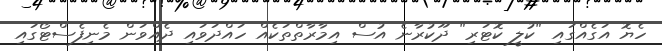
ހެޔޮ އަގެއްގައި "ކުލީ ކޮޓަރި" ދޫކުރާނެ އުސް އިމާރާތްތަކެއް ހައްދަވައި ދެއްވަން މެނިފެސްޓޯގައި